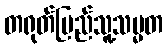
တရုတ်ပြည်သူ့သမ္မတ